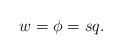
LaTeX: \begin{align*}w = \phi = sq.\end{align*}